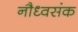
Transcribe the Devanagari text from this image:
नौध्वसंक